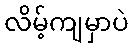
လိမ့်ကျမှာပဲ